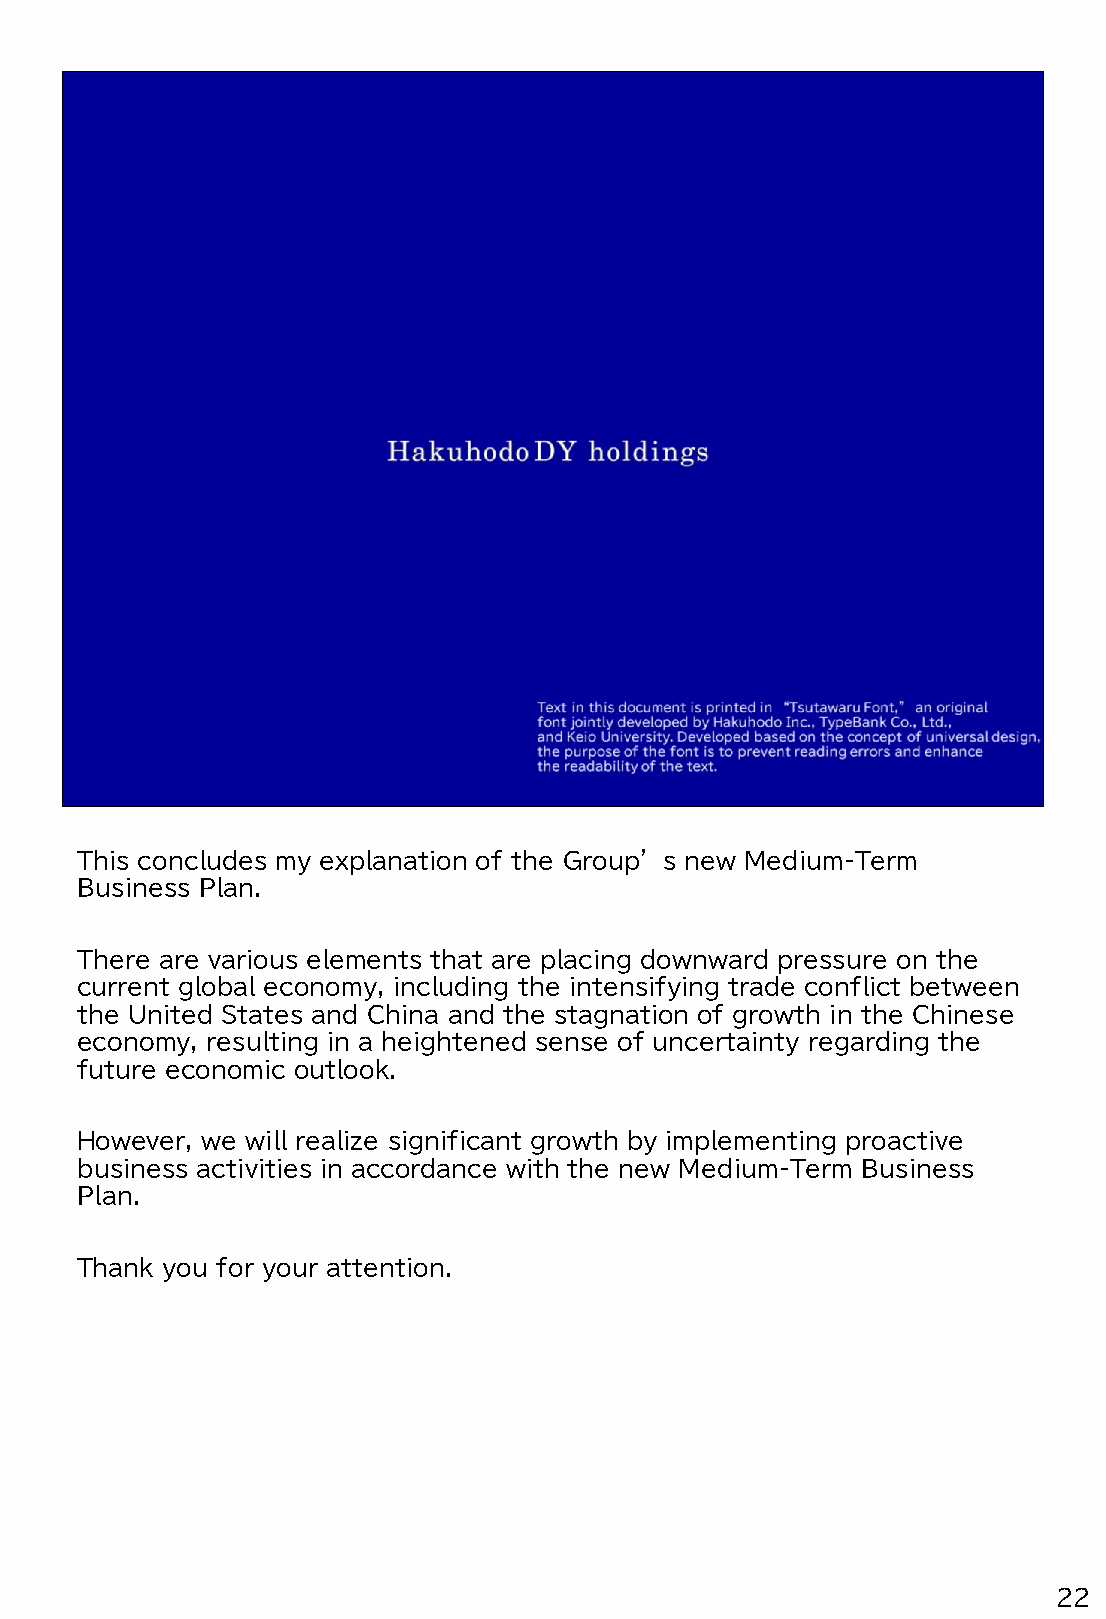
This concludes my explanation of the Group’s new Medium-Term
 Business Plan.
 There are various elements that are placing downward pressure on the
 current global economy, including the intensifying trade conflict between
 the United States and China and the stagnation of growth in the Chinese
 economy, resulting in a heightened sense of uncertainty regarding the
 future economic outlook.
 However, we will realize significant growth by implementing proactive
 business activities in accordance with the new Medium-Term Business
 Plan.
 Thank you for your attention.
 22